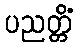
ပညတ္တိံ